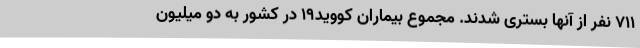
۷۱۱ نفر از آنها بستری شدند. مجموع بیماران کووید۱۹ در کشور به دو میلیون